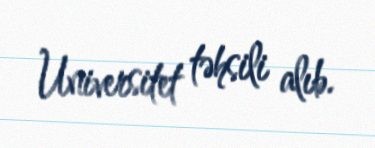
Universitet təhsili alıb.